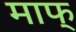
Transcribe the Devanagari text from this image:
माफ्